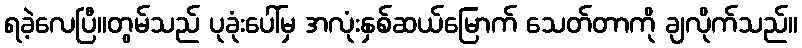
ရခဲ့လေပြီ။တွမ်သည် ပုခုံးပေါ်မှ အလုံးနှစ်ဆယ်မြောက် သေတ်တာကို ချလိုက်သည်။